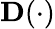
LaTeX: \mathbf{D}(\cdot)